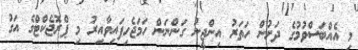
މި އެއްބަސްވުމުގެ ދަށުން ހަތަރު އިންޖީނު ގަންނަން ހަމަޖެހިފައިވާއިރު މި ޕްރޮޖެކްޓްގެ އަގު